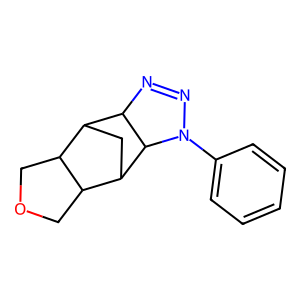
SMILES: c1ccc(N2N=NC3C4CC(C5COCC54)C32)cc1
Inhibits HIV replication: No